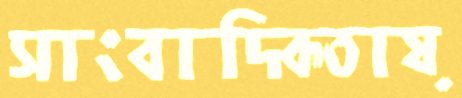
সাংবাদিকতায়